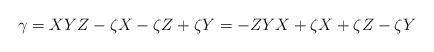
LaTeX: \begin{align*}\gamma = XYZ - \zeta X -\zeta Z +\zeta Y = -ZYX+\zeta X +\zeta Z - \zeta Y\end{align*}